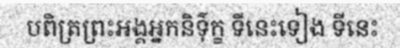
បពិត្រព្រះអង្គអ្នកនិទ៌ុក្ខ ទីនេះទៀង ទីនេះ